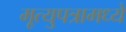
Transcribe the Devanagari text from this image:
मृ्त्युपत्रामध्ये